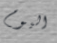
اليوم